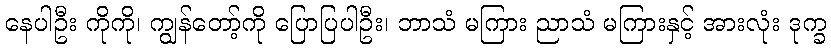
နေပါဦး ကိုကို၊ ကျွန်တော့်ကို ပြောပြပါဦး၊ ဘာသံ မကြား ညာသံ မကြားနှင့် အားလုံး ဒုက္ခ